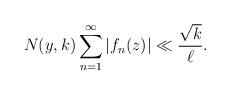
LaTeX: \begin{align*} N(y,k)\sum_{n=1}^{\infty} \left| f_n(z) \right| \ll \frac{\sqrt{k}}{\ell}.\end{align*}